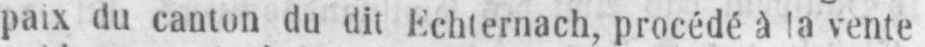
paix du canton du dit Echternach, procédé à la vente